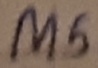
Text: M5